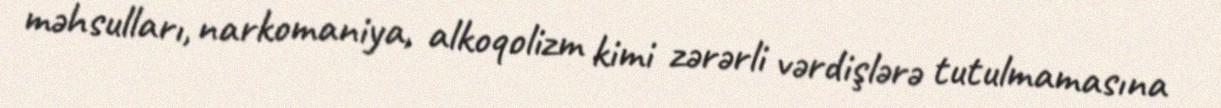
məhsulları, narkomaniya, alkoqolizm kimi zərərli vərdişlərə tutulmamasına